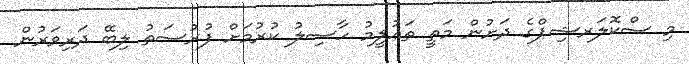
މި ސްކޮލަރޝިޕްގެ ދަށުން މަތީ ތަޢުލީމު ހާސިލު ކުރުމަށް ފުރުސަތު ލިބޭ ދަރިވަރުން